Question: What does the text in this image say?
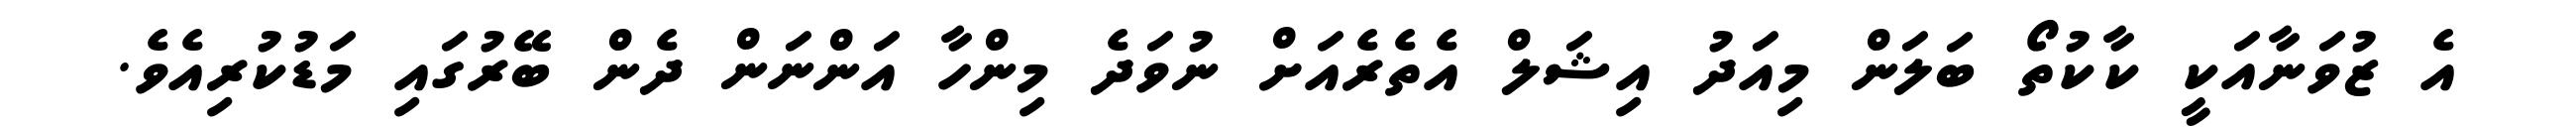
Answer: އެ ޒުވަނާއަކީ ކާކުތޯ ބަލަން މިއަދު އިޝަލް އެތެރެއަށް ނުވަދެ މިންހާ އަންނަން ދެން ބޭރުގައި މަޑުކުރިއެވެ.